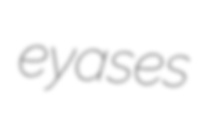
eyases